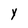
Character: Y